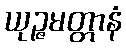
ယုဉ္ဇမတ္တာနံ